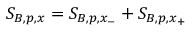
S _ { B , p , x } = S _ { B , p , x _ { - } } + S _ { B , p , x _ { + } }